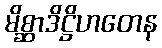
မိစ္ဆာဒိဋ္ဌိဟတေန